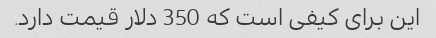
این برای کیفی است که 350 دلار قیمت دارد.